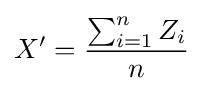
X'={\frac {\sum _{i=1}^{n}Z_{i}}{n}}